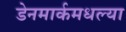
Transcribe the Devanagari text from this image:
डेनमार्कमधल्या